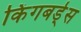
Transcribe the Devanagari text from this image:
किंगबर्ड्स